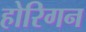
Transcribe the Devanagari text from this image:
होरिगन